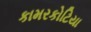
કામરકોટિયા